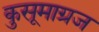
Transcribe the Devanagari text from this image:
कुसूमाग्रज